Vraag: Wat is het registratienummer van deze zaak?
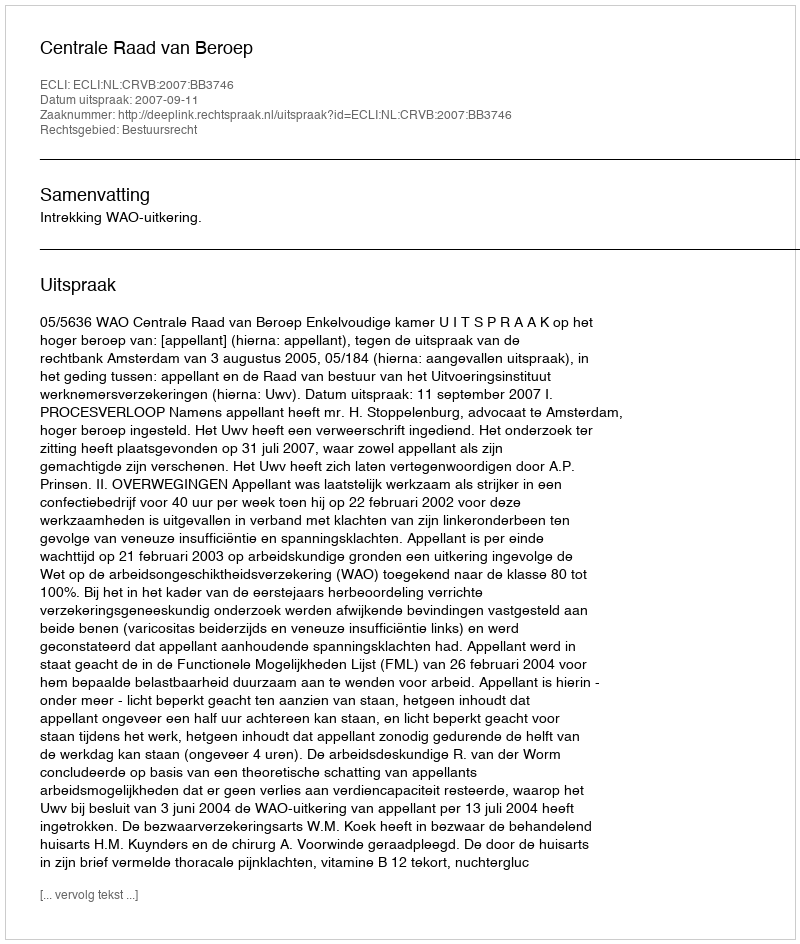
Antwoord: http://deeplink.rechtspraak.nl/uitspraak?id=ECLI:NL:CRVB:2007:BB3746